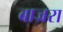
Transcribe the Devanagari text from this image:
बाज्ररा